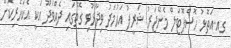
ގއ.އަތޮޅު ހޮސްޕޮޓަލް މެނޭޖަރު ޝަރީފު އަޙުމަދު ވިދާޅުވި ގޮތުގައި ދެއްވަދޫ އަކީ އެކަހެރިކޮށް